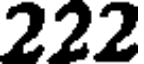
222